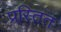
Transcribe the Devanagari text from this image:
प्रस्तित